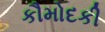
કૌમોદકી